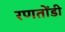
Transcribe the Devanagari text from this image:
रणतोंडी